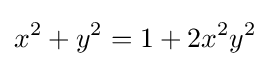
{\displaystyle }x^{2}+y^{2}=1+2x^{2}y^{2}